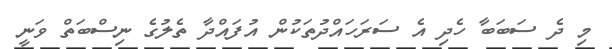
މި ދެ ސަބަބާ ހެދި އެ ސަރަހައްދުތަކުން އުފައްދާ ތެލުގެ ނިސްބަތް ވަނީ